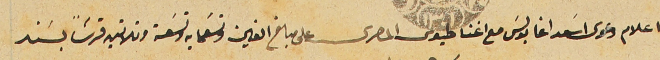
اعلام دعوى اسَعد اغا بولسَ مع اغناطيوس المصرى على مبلغ الفين وتسَعمايه وتسَعة وتلاتين قرشاً بسَند